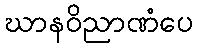
ဃာနဝိညာဏံပေ